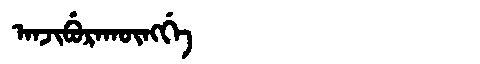
Manchu: ᠠᠨᠵᡳᠪᡠᡵᠠᡴᡡᠩᡤᡝ
Romanization: ANJIBURAKŪNGGE